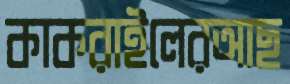
কাকরাইলেরআছ